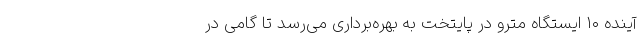
آینده ۱۰ ایستگاه مترو در پایتخت به بهره‌برداری می‌رسد تا گامی در